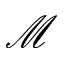
\mathcal { M }